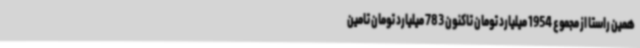
همین راستا از مجموع 1954 میلیارد تومان تاکنون 783 میلیارد تومان تامین